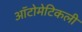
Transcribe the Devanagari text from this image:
ऑटोमेटिकली